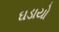
ઘડાયો